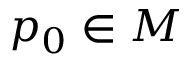
p _ { 0 } \in M